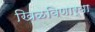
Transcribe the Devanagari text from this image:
खिळविणार्‍या